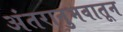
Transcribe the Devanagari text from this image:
अंतरानुभवातून